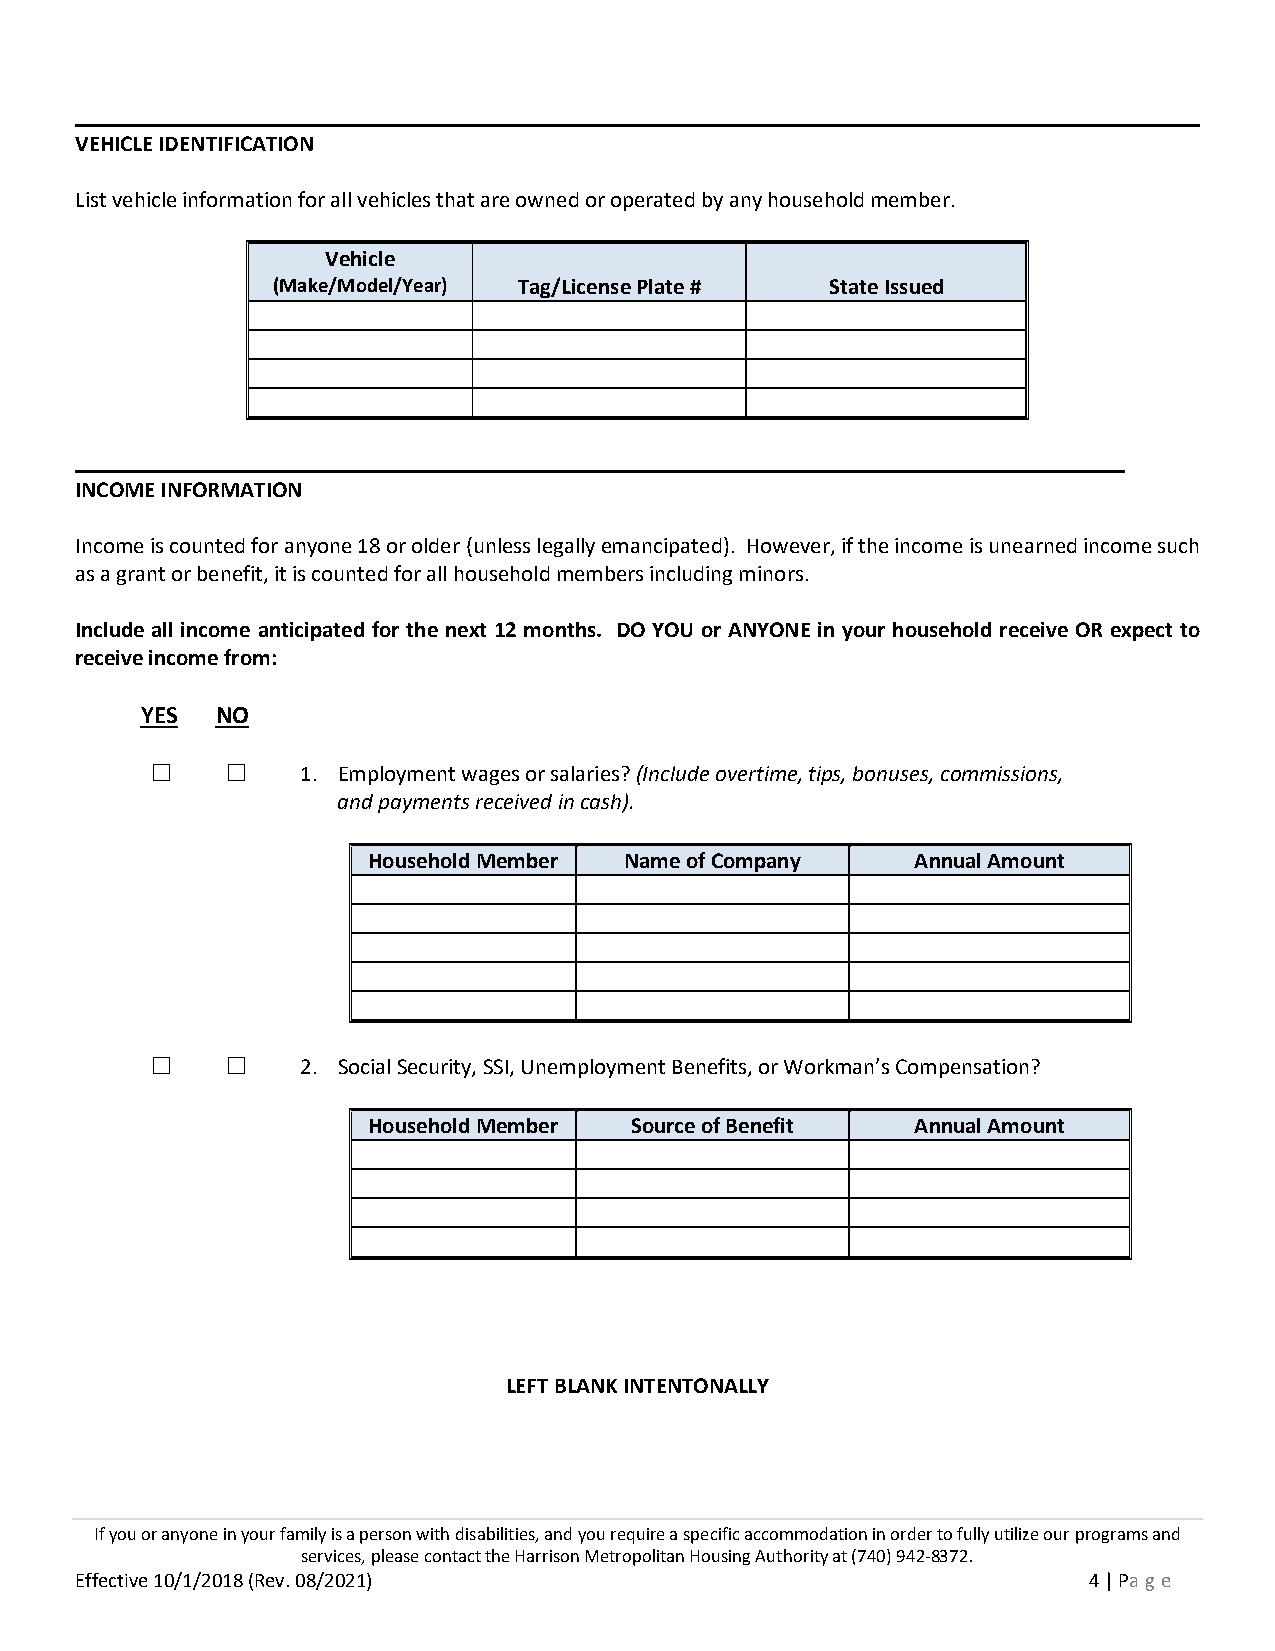
VEHICLE IDENTIFICATION
 List vehicle information for all vehicles that are owned or operated by any household member.
 Vehicle
 (Make/Model/Year) Tag/License Plate # State Issued
 INCOME INFORMATION
 Income is counted for anyone 18 or older (unless legally emancipated). However, if the income is unearned income such
 as a grant or benefit, it is counted for all household members including minors.
 Include all income anticipated for the next 12 months. DO YOU or ANYONE in your household receive OR expect to
 receive income from:
 YES  NO
 ☐    ☐    1. Employment wages or salaries? (Include overtime, tips, bonuses, commissions,
 and payments received in cash).
 Household Member Name of Company     Annual Amount
 ☐    ☐    2. Social Security, SSI, Unemployment Benefits, or Workman’s Compensation?
 Household Member  Source of Benefit  Annual Amount
 LEFT BLANK INTENTONALLY
 If you or anyone in your family is a person with disabilities, and you require a specific accommodation in order to fully utilize our programs and
 services, please contact the Harrison Metropolitan Housing Authority at (740) 942-8372.
 Effective 10/1/2018 (Rev. 08/2021)                                 4 | Pa ge